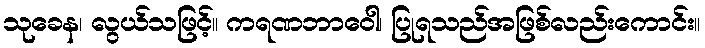
သုခေန၊ လွယ်သဖြင့်။ ကရဏဘာဝေါ၊ ပြုရသည်အဖြစ်လည်းကောင်း။